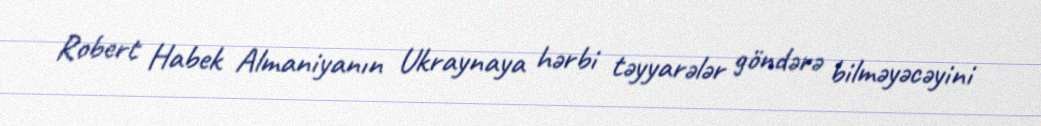
Robert Habek Almaniyanın Ukraynaya hərbi təyyarələr göndərə bilməyəcəyini